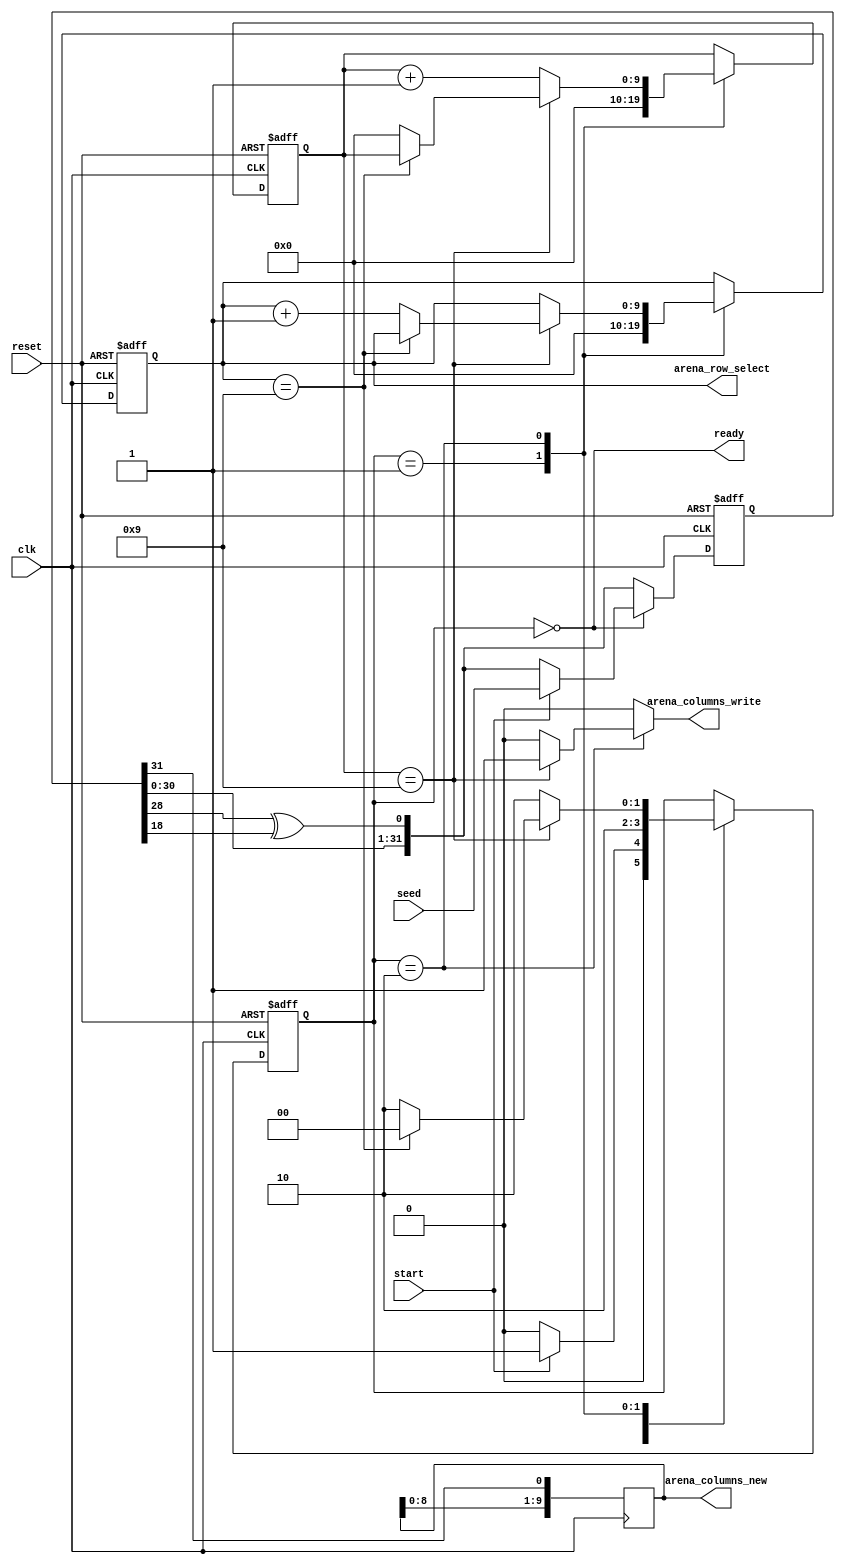

module seeder #(
    parameter ARENA_WIDTH = 10,
    parameter ARENA_HEIGHT = 10
) (
    input clk,
    input reset,

    input start,
    output ready,

    input [31:0] seed,

    output [9:0] arena_row_select,
    output [ARENA_WIDTH-1:0] arena_columns_new,
    output arena_columns_write
);
    localparam [9:0] MAX_COLUMN = ARENA_WIDTH - 1;
    localparam [9:0] MAX_ROW = ARENA_HEIGHT - 1;

    localparam [1:0] IDLE = 2'b00;
    localparam [1:0] LOADED = 2'b01;
    localparam [1:0] RUNNING = 2'b10;

    reg [1:0] state;
    reg [1:0] state_next;

    reg [31:0] lfsr;
    reg [31:0] lfsr_next;
    reg [ARENA_WIDTH-1:0] columns_seed;
    reg [9:0] cur_row;
    reg [9:0] cur_row_next;
    reg [9:0] cur_column;
    reg [9:0] cur_column_next;
    reg row_write;

    always @(*) begin
        state_next = state;
`ifdef __ICARUS__
        // Cyclic shift for simulation.
        lfsr_next = {lfsr[30:0], lfsr[31]};
`else
        lfsr_next = {lfsr[30:0], lfsr[28] ^ lfsr[18]};
`endif
        cur_row_next = cur_row;
        cur_column_next = cur_column;
        row_write = 1'b0;

        case (state)
            IDLE: begin
                state_next = start ? LOADED : IDLE;
                if (start) begin
                    lfsr_next = seed;
                end
            end
            LOADED: begin
                state_next = RUNNING;
                cur_row_next = 10'b0;
                cur_column_next = 10'b0;
            end
            RUNNING: begin
                state_next = RUNNING;
                if (cur_column == MAX_COLUMN) begin
                    row_write = 1'b1;
                    if (cur_row == MAX_ROW) begin
                        state_next = IDLE;
                    end
                    else begin
                        cur_column_next = 10'b0;
                        cur_row_next = cur_row + 1'b1;
                    end
                end
                else begin
                    cur_column_next = cur_column + 1'b1;
                end
            end
            default: begin
            end
        endcase
    end

    always @(posedge clk or posedge reset) begin
        if (reset) begin
            state <= IDLE;
        end
        else begin
            state <= state_next;
        end
    end

    always @(posedge clk or posedge reset) begin
        if (reset) begin
            lfsr <= 32'b0;
        end
        else begin
            lfsr <= lfsr_next;
        end
    end

    always @(posedge clk) begin
        columns_seed <= {columns_seed[ARENA_WIDTH-2:0], lfsr[31]};
    end

    always @(posedge clk or posedge reset) begin
        if (reset) begin
            cur_row <= 10'b0;
        end
        else begin
            cur_row <= cur_row_next;
        end
    end

    always @(posedge clk or posedge reset) begin
        if (reset) begin
            cur_column <= 10'b0;
        end
        else begin
            cur_column <= cur_column_next;
        end
    end

    assign ready = state == IDLE;
    assign arena_row_select = cur_row;
    assign arena_columns_new = columns_seed;
    assign arena_columns_write = row_write;

endmodule